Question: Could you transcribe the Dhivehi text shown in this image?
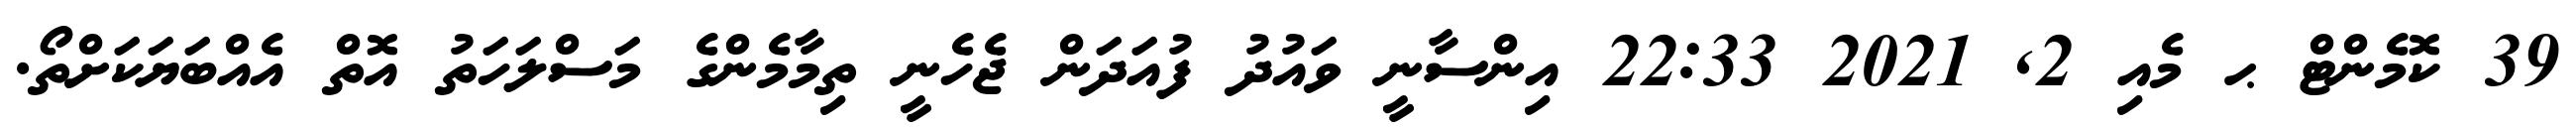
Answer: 39 ކޮމެންޓް ޙ މެއި 2, 2021 22:33 އިންސާނީ ވައުދު ފުއަދަން ޖެހެނީ ތިމާމެންގެ މަސްލަހަތު އޮތް އެއްބަޔަކަށްތޯ.